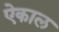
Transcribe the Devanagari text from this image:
ऐकाल